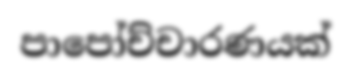
පාපෝච්චාරණයක්